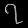
Digit: ၇